Leningradi_Edasi_toimetus, lk 5
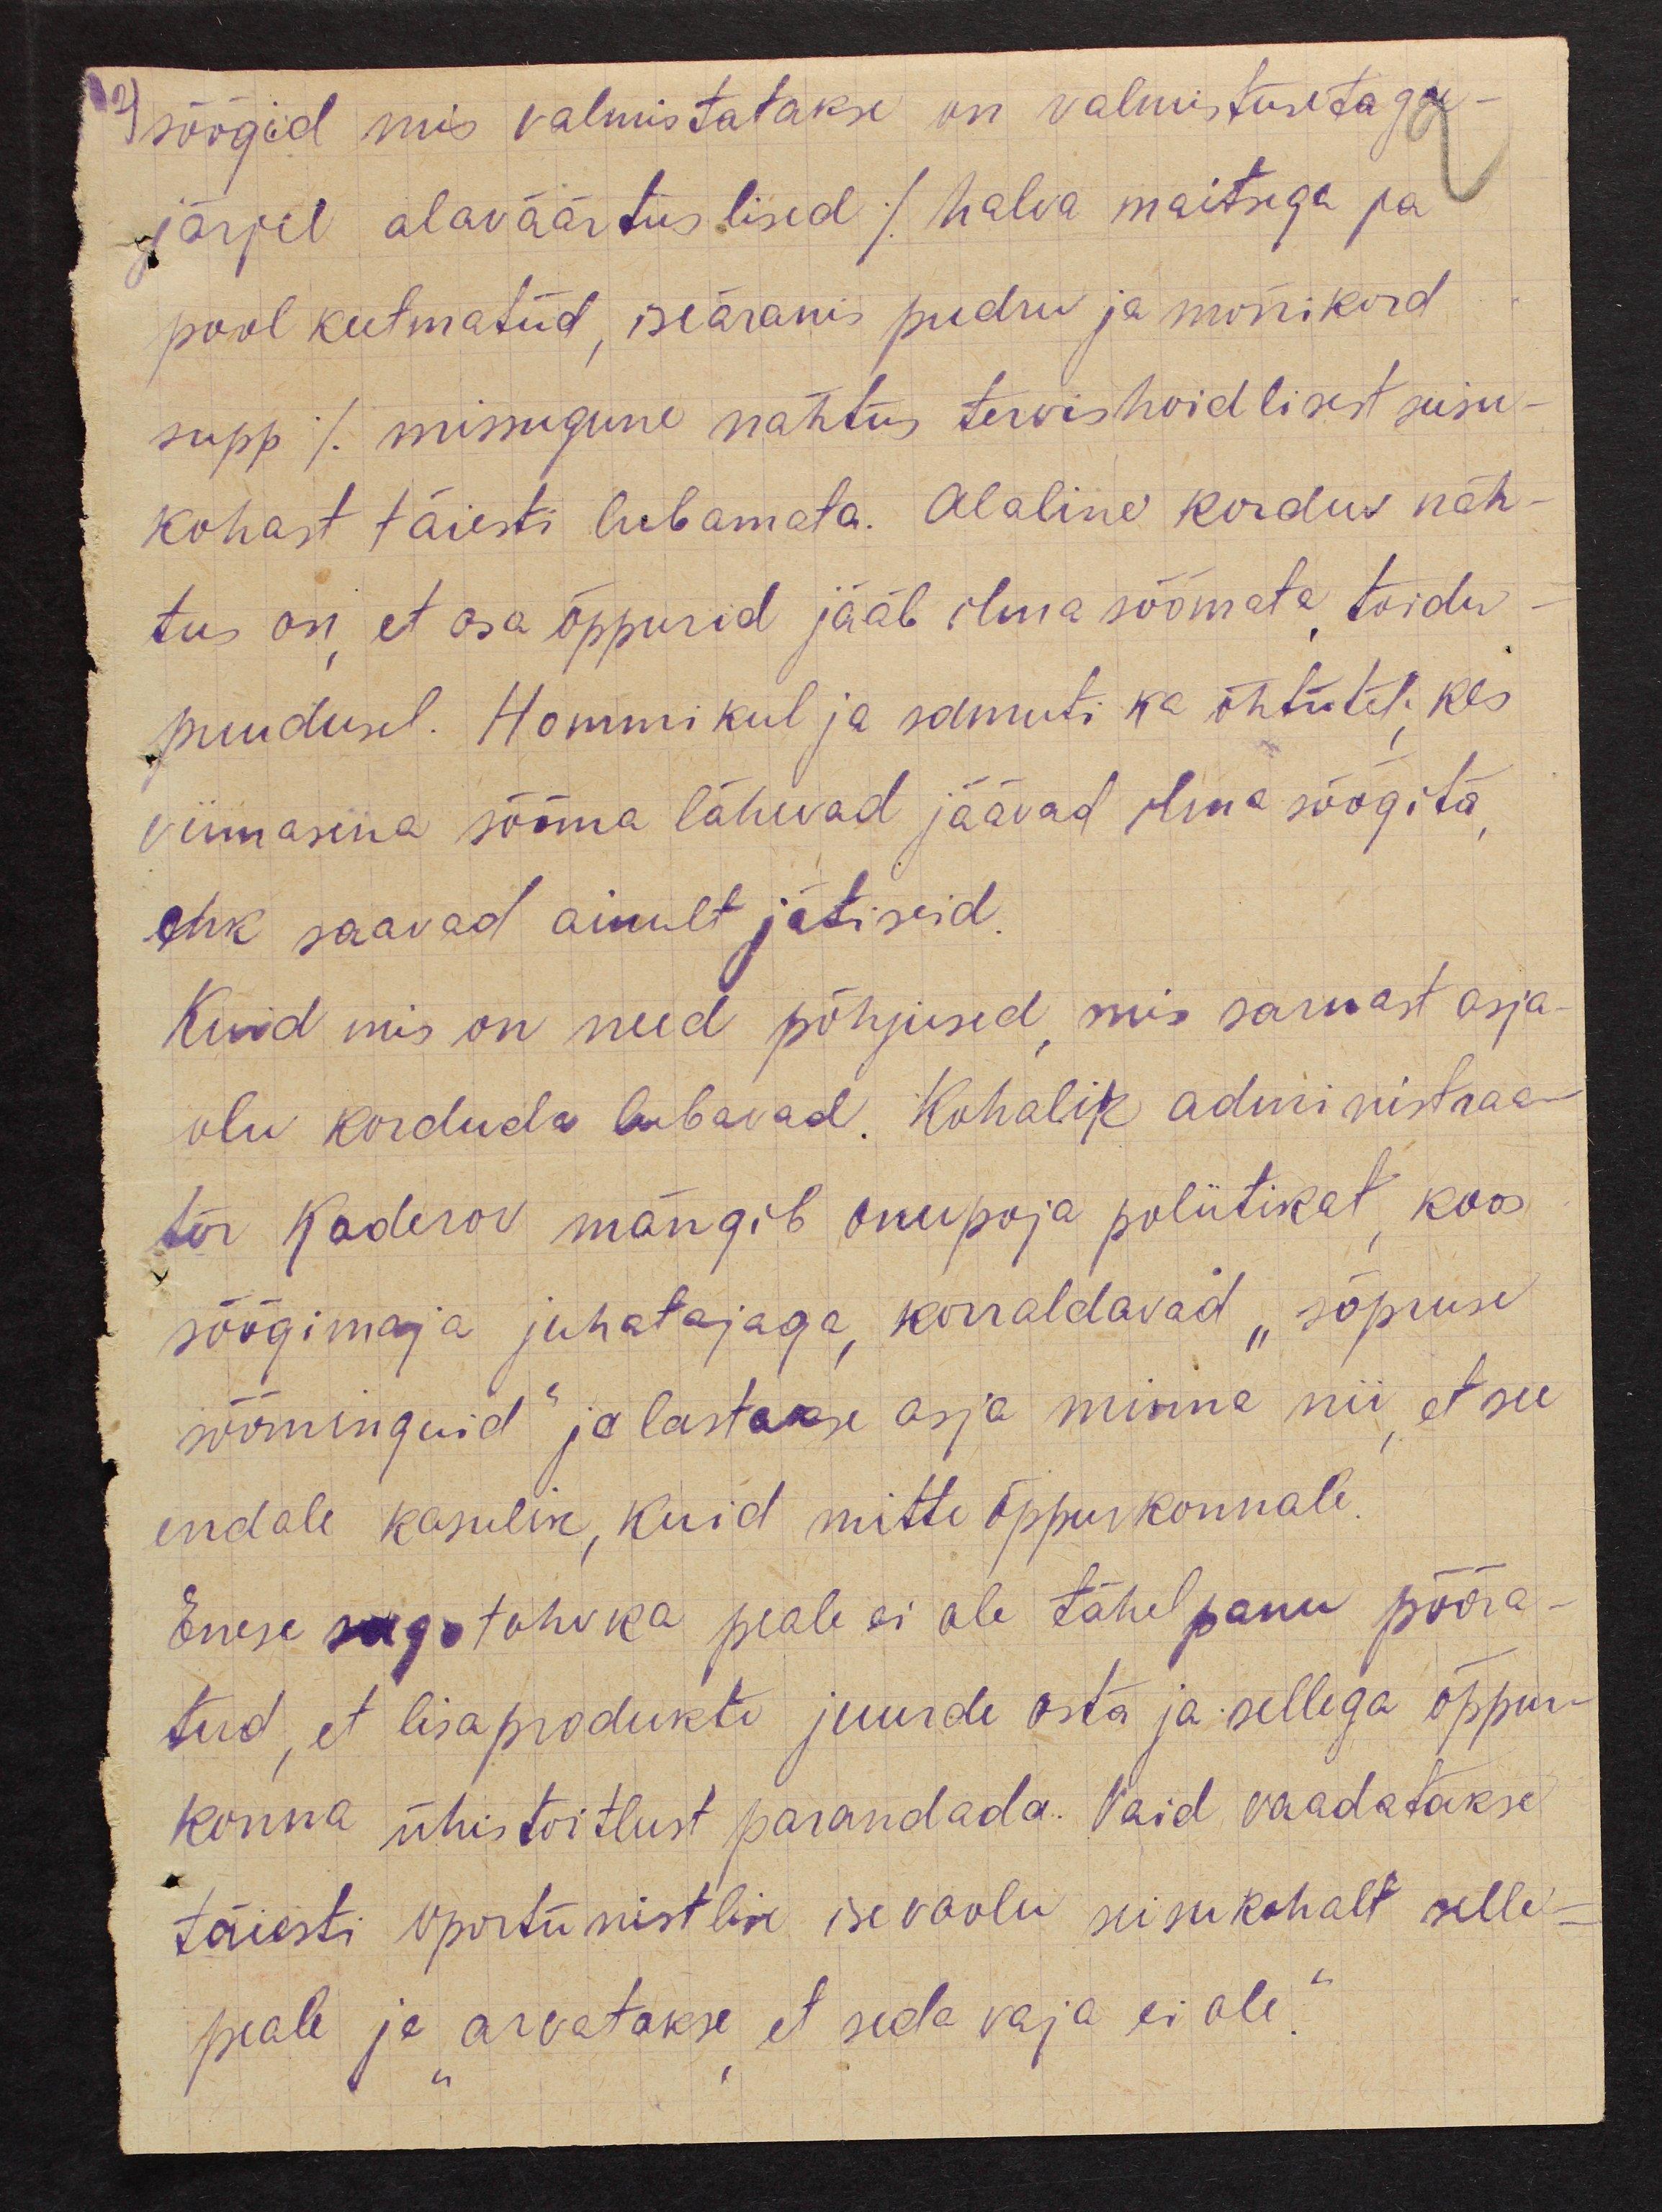
2) söögid mis valmistatakse on valmistuse taga-
järjel alaväärtuslised (halva maitsega ja
pool keetmatud, iseäranis pudru ja mõnikord
supp) missugune nähtus tervishoidlisest seisu-
kohast täiesti lubamata. Alaline korduv näh-
tus on, et õppurid jääb ilma söömata toidu-
puudusel. Hommikul ja samuti ka õhtutel; kes
viimasena sööma lähevad jäävad ilma söögita,
ehk saavad ainult jätiseid.
Kuid mis on need põhjused, mis sarnast asja-
olu korduda lubavad. Kohalik administraa-
tor Kaderov mängib onupoja poliitikat, koos
söögimaja juhatajaga, korraldavad "sõpuse
sööminguid" ja lastakse asja minna nii, et see
endale kasulik, kuid mitte õppurkonnale.
Enese sagotahvka peale ei ole tähelepanu pööra-
tud, et lisaprodukte juurde osta ja sellega õppur-
konna ühistoitlust parandada. Vaid vaadatakse
täiesti oportunistlise isevoolu seisukohalt selle-
peale ja "arvatakse, et seda vaja ei ole."